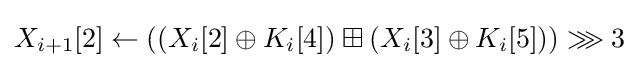
X_{i+1}[2]\leftarrow \left(\left(X_{i}[2]\oplus K_{i}[4]\right)\boxplus \left(X_{i}[3]\oplus K_{i}[5]\right)\right)\ggg 3